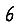
Digit: 6